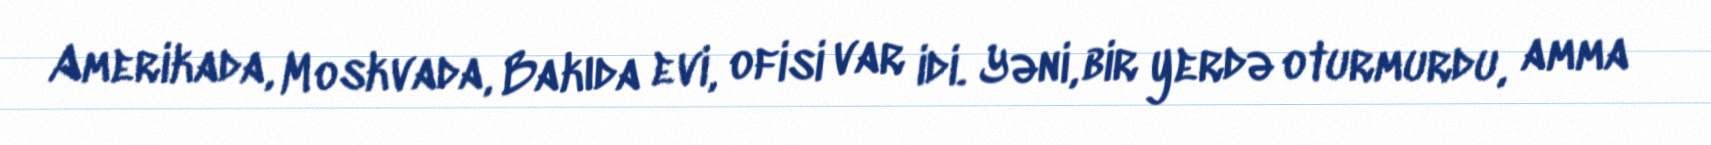
Amerikada, Moskvada, Bakıda evi, ofisi var idi. Yəni, bir yerdə oturmurdu, amma